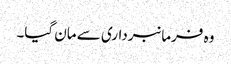
وہ فرمانبرداری سے مان گیا۔